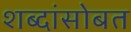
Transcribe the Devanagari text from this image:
शब्दांसोबत